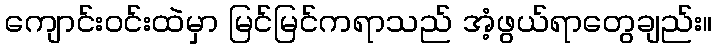
ကျောင်းဝင်းထဲမှာ မြင်မြင်ကရာသည် အံ့ဖွယ်ရာတွေချည်း။